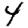
Digit: 4